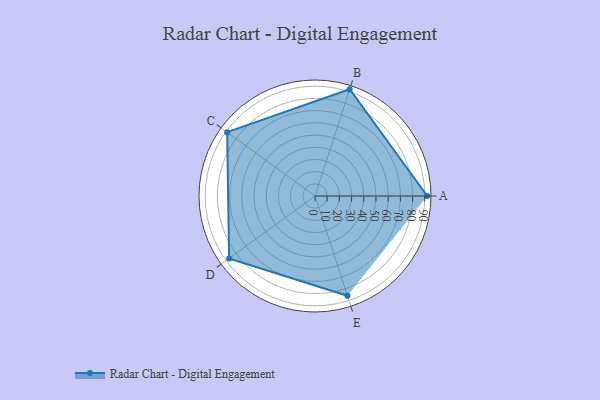
{"axis": {"x": "Skill", "y": "Score"}, "legend": ["Profile"], "data": [{"x": "A", "y": 92.0, "type": "Profile"}, {"x": "B", "y": 92.0, "type": "Profile"}, {"x": "C", "y": 89.0, "type": "Profile"}, {"x": "D", "y": 87.0, "type": "Profile"}, {"x": "E", "y": 86.0, "type": "Profile"}]}